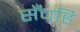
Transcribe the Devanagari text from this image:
सँचहि